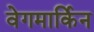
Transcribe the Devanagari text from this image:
वेगमार्किन